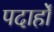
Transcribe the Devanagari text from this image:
पदार्हों